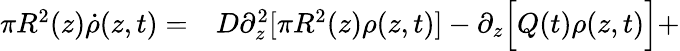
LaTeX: \begin{array}{rl}{\pi R^{2}(z)\dot{\rho}(z,t)=}&{{}D\partial_{z}^{2}[\pi R^{2}(z)\rho(z,t)]-\partial_{z}\Big[Q(t)\rho(z,t)\Big]+}\end{array}